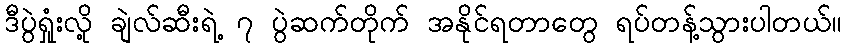
ဒီပွဲရှုံးလို့ ချဲလ်ဆီးရဲ့ ၇ ပွဲဆက်တိုက် အနိုင်ရတာတွေ ရပ်တန့်သွားပါတယ်။